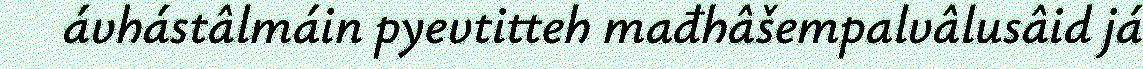
ávhástâlmáin pyevtitteh mađhâšempalvâlusâid já